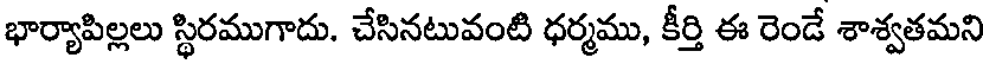
భార్యాపిల్లలు స్థిరముగాదు. చేసినటువంటి ధర్మము, కీర్తి ఈ రెండే శాశ్వతమని